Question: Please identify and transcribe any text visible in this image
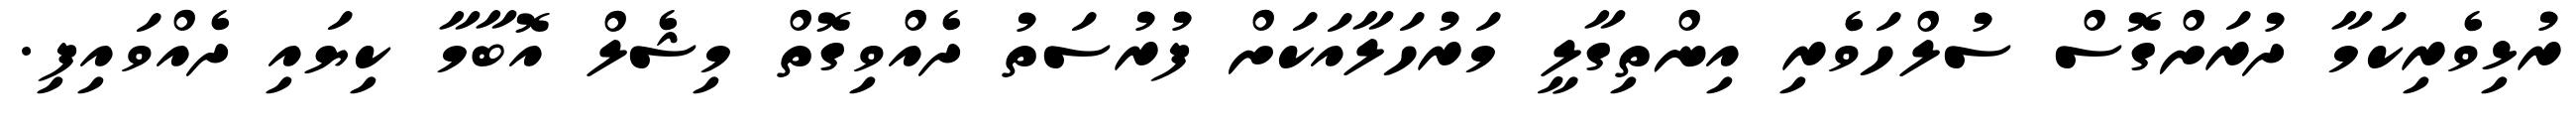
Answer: ރުޅިވެރިކަމާ ދުރަށްގޮސް ސުލްހަވެރި އިންތިގާލީ މަރުހަލާއަކަށް ފުރުސަތު ދެއްވިގޮތް މިޝެލް އޮބާމާ ކިޔައި ދެއްވައިފި.